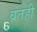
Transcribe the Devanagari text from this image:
व्रतही